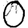
Digit: 0